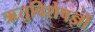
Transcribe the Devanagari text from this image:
ऋतुविशेषज्ञों